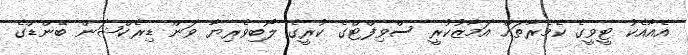
އެއާއެކު ޓީވީގެ ކެމެރާތައް އަމާޒުކުރީ ސްވިފްޓްގެ ކުރީގެ ލޯބިވެރިޔާ ވަން ޑިރެކްޝަން ބޭންޑްގެ